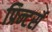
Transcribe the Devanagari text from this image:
प्रिन्टर्स